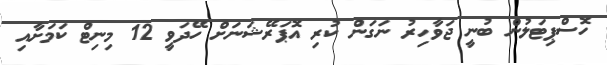
ހޮސްޕިޓަލުން ބުނީ ޖަވާހިރު ނަގަން ކުރި އޮޕަރޭޝަނަށް ހޭދަވީ 12 މިނިޓް ކަމަށާއި